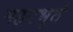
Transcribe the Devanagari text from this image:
महदभूतं